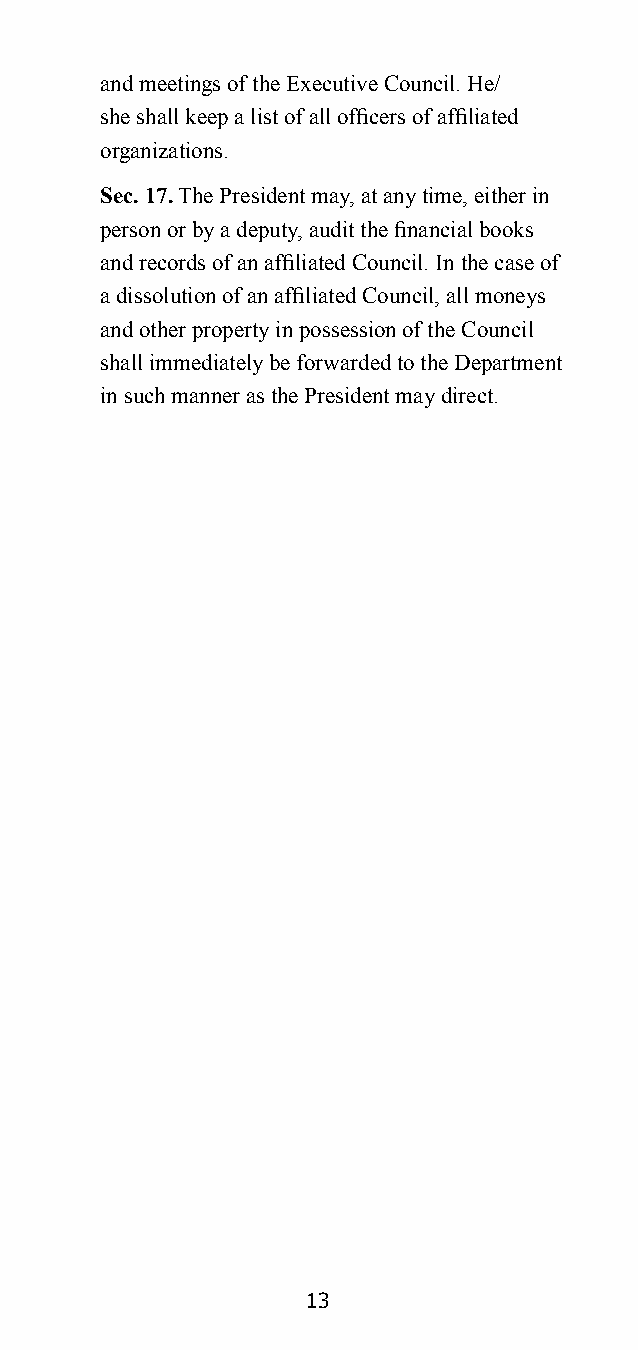
and meetings of the Executive Council. He/
 she shall keep a list of all officers of affiliated
 organizations.
 Sec. 17. The President may, at any time, either in
 person or by a deputy, audit the financial books
 and records of an affiliated Council. In the case of
 a dissolution of an affiliated Council, all moneys
 and other property in possession of the Council
 shall immediately be forwarded to the Department
 in such manner as the President may direct.
 13